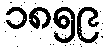
၁၈၅၉